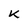
Character: K